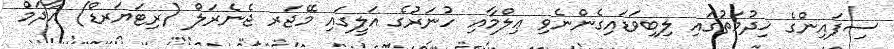
ސިފައިންގެ ޚިދުމަތުގައި ލިބިވަޑައިގެންނެވި ޢިލްމާއި ހުނަރުގެ އަލީގައި މޭޖަރ ޖެނެރަލް (ރިޓަޔަރޑް) އާދަމް